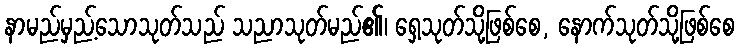
နာမည်မှည့်သောသုတ်သည် သညာသုတ်မည်၏၊ ရှေ့သုတ်သို့ဖြစ်စေ, နောက်သုတ်သို့ဖြစ်စေ